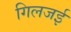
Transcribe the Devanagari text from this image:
गिलजई